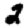
Digit: 2